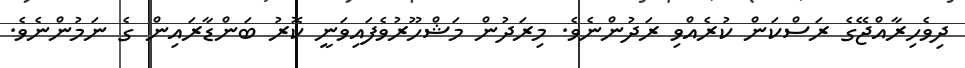
ދިވެހިރާއްޖޭގެ ރަސްކަން ކުރެއްވި ރަދުންނެވެ. މިރަދުން މަޝްހޫރުވެފައިވަނީ ކޮރު ބަންޑާރައިން ގެ ނަމުންނެވެ.